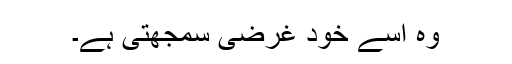
وہ اسے خود غرضی سمجھتی ہے۔